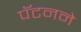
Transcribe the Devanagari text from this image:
पॅटनने